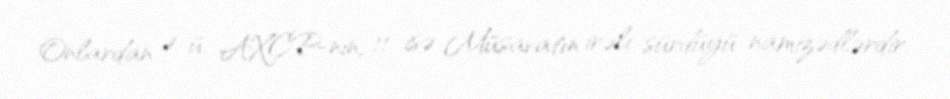
Onlardan 4-ü, AXCP-nin, 11 isə Müsavatın irəli sürdüyü namizədlərdir.